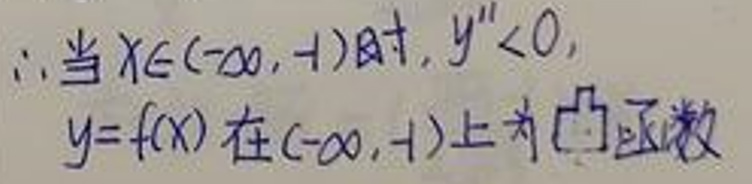
\(&\therefore \)当x\in\((-\infty, -1)\)时\(, y''<0,\)\\
\(&y = f(x)\)在\((-\infty, -1)\)上为凸函数